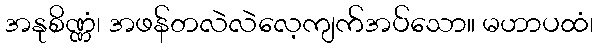
အနုစိဏ္ဏံ၊ အဖန်တလဲလဲလေ့ကျက်အပ်သော။ မဟာပထံ၊